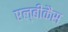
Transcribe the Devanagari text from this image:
एल्‍बीकैंस